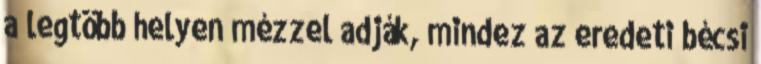
a legtöbb helyen mézzel adják, mindez az eredeti bécsi